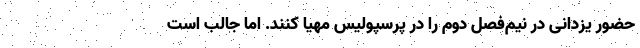
حضور یزدانی در نیم‌فصل دوم را در پرسپولیس مهیا کنند. اما جالب است